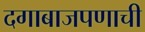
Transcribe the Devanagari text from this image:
दगाबाजपणाची